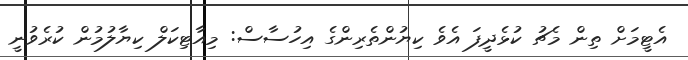
އެޓީމަށް ތިން މެޗު ކުޅެދީފަ އެވެ ކިޔުންތެރިންގެ އިހުސާސް: މިއާޓިކަލް ކިޔާލުމުން ކުރެވުނީ